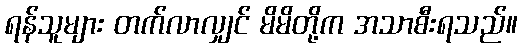
ရန်သူများ တက်လာလျှင် မိမိတို့က အသာစီးရသည်။